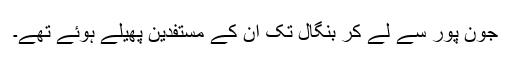
جون پور سے لے کر بنگال تک ان کے مستفدین پھیلے ہوئے تھے۔